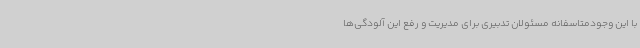
با این وجودمتاسفانه مسئولان تدبیری برای مدیریت و رفع این آلودگی‌ها